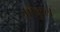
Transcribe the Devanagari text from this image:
गौकुल